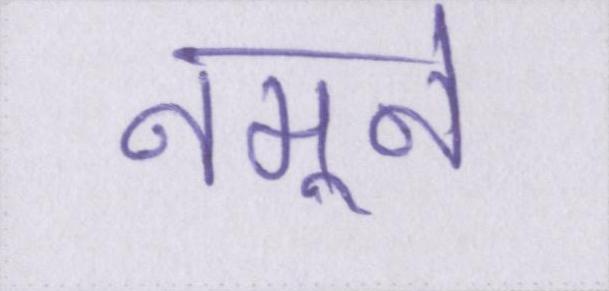
नमूने